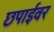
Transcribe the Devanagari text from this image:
छपाईवर